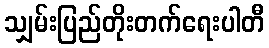
သျှမ်းပြည်တိုးတက်ရေးပါတီ